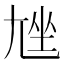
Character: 𡯨